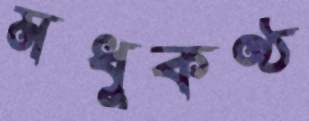
মধুকণ্ঠ